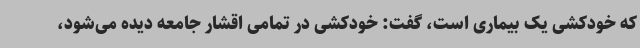
که خودکشی یک بیماری است، گفت: خودکشی در تمامی اقشار جامعه دیده می‌شود،